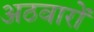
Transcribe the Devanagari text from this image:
अठवारों